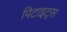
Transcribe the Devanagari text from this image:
पिटाइट्स